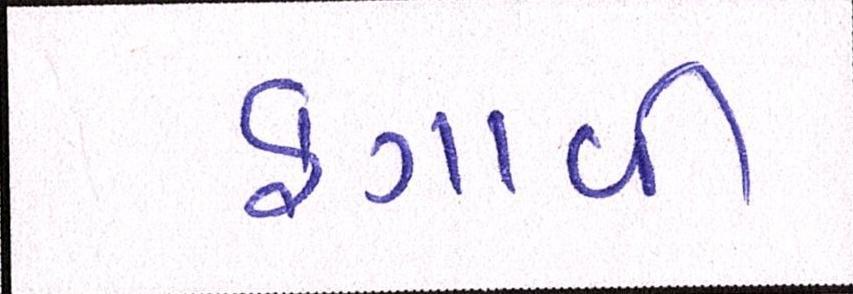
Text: ફગાવી